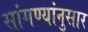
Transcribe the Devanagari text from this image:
सांगण्यांनुसार